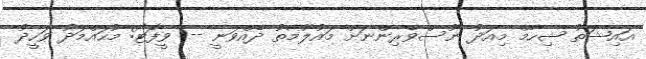
އައިޝަތު ޝިހާމް މިއަދު ނޫސްވެރިންނަށް މައުލޫމާތު ދެއްވަނީ -- ވީފޮޓޯ: މުހައްމަދު ވަހީދު